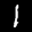
Label: 1